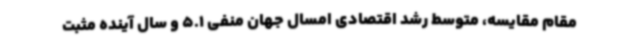
مقام مقایسه، متوسط رشد اقتصادی امسال جهان منفی 5.1 و سال آینده مثبت